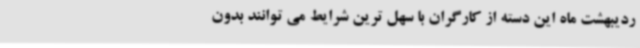
ردیبهشت ماه این دسته از کارگران با سهل ترین شرایط می توانند بدون